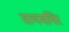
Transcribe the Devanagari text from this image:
तायमयिर